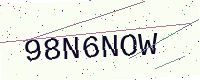
Text: 98N6NOW